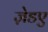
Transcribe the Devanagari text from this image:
ज़ेडए